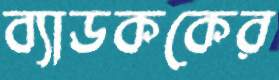
ব্যাডককের